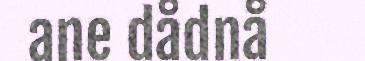
ane dådnå